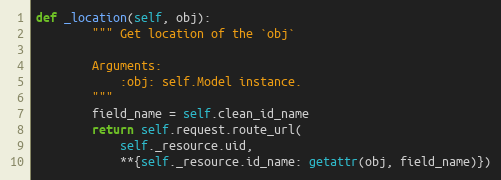
Language: Python
def _location(self, obj):
        """ Get location of the `obj`

        Arguments:
            :obj: self.Model instance.
        """
        field_name = self.clean_id_name
        return self.request.route_url(
            self._resource.uid,
            **{self._resource.id_name: getattr(obj, field_name)})